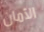
الأمان